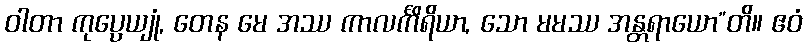
ဝါတာ ကုပ္ပေယျုံ, တေန မေ အဿ ကာလင်္ကိရိယာ, သော မမဿ အန္တရာယော”တိ။ ဧဝံ